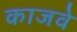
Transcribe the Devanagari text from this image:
काजवे